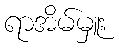
ရာအိမ်မှူး